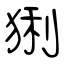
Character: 猁